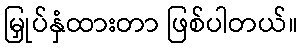
မြှုပ်နှံထားတာ ဖြစ်ပါတယ်။